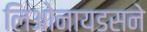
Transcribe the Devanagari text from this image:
लिओनायडसने